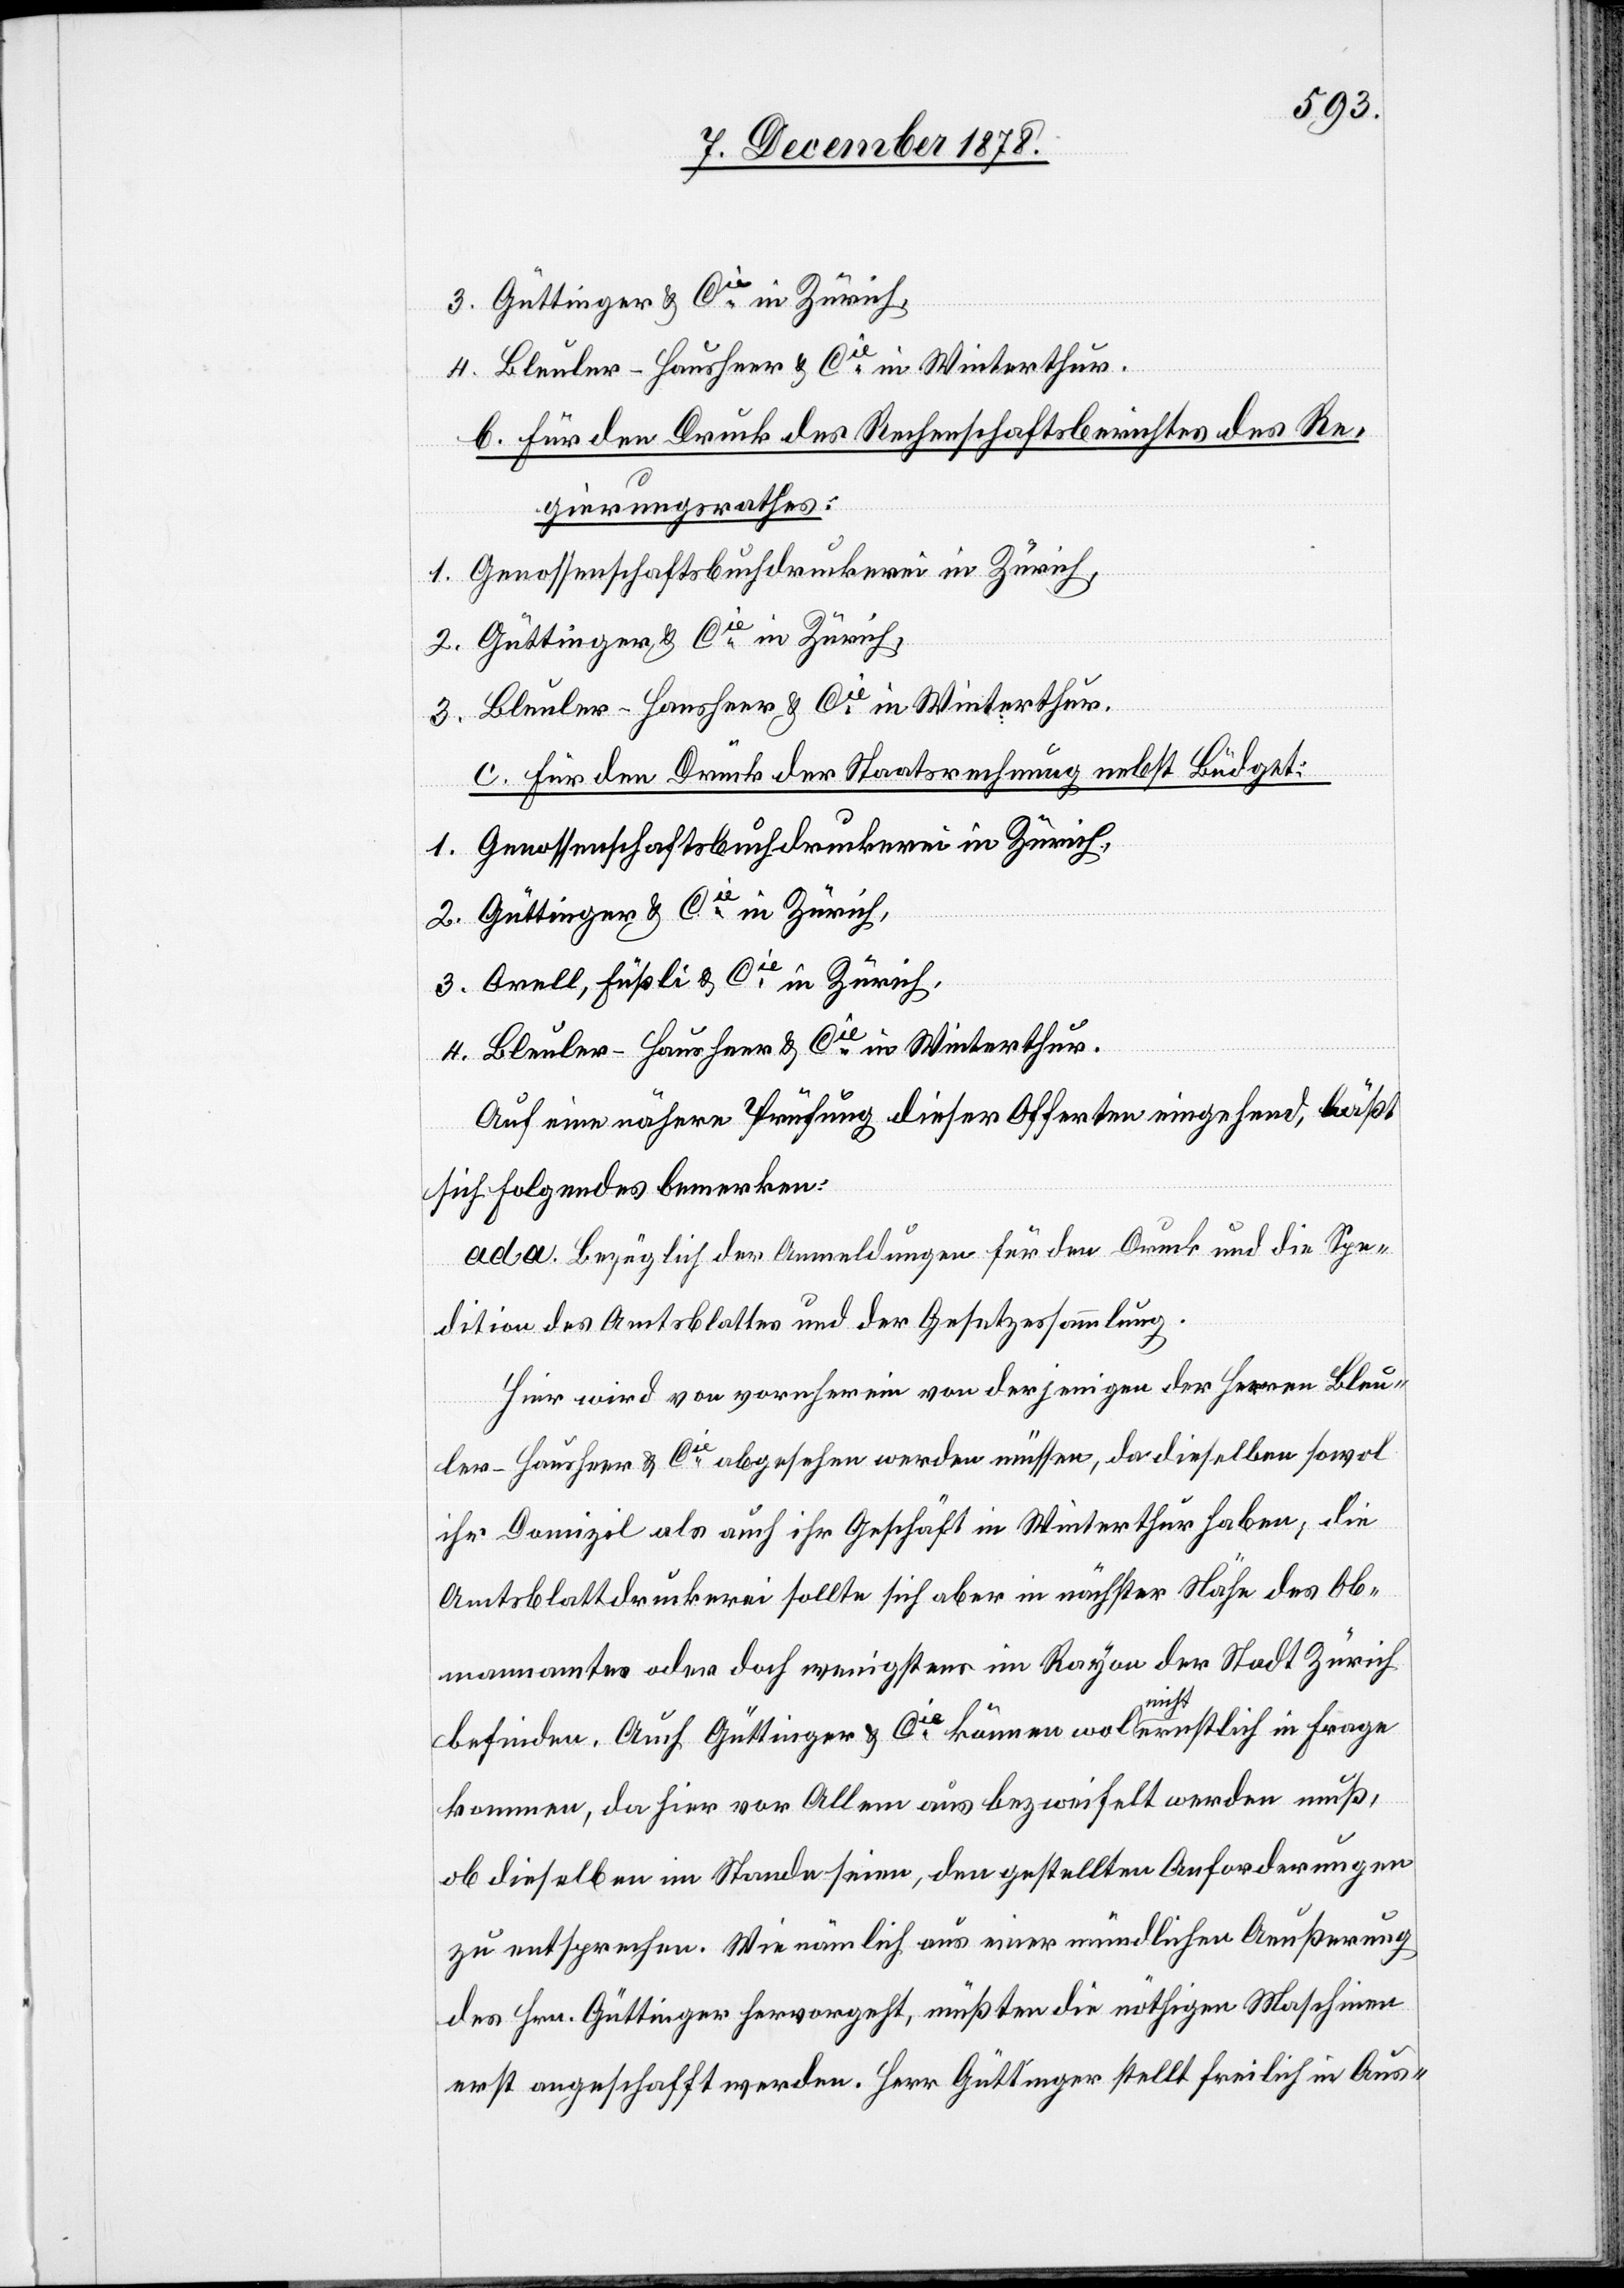
3. Güttinger & Cie in Zürich,
4. Bleuler-Hausheer & Cie in Winterthur.
b. Für den Druck des Rechenschaftsberichtes des Re¬
gierungsrathes:
1. Genossenschaftsbuchdruckerei in Zürich,
2. Güttinger & Cie in Zürich,
3. Bleuler-Hausheer & Cie in Winterthur.
c. Für den Druck der Staatsrechnung nebst Büdget:
1. Genossenschaftsbuchdruckerei in Zürich,
2. Güttinger & Cie in Zürich,
3. Orell, Füßli & Cie in Zürich,
Auf eine nähere Prüfung dieser Offerten eingehend, läßt
sich folgendes bemerken:
ad. a. Bezüglich der Anmeldungen für den Druck und die Spe¬
dition des Amtsblattes und der Gesetzessammlung.
Hier wird von vornherein von derjenigen der Herren Bleu¬
ler-Hausheer & Cie abgesehen werden müssen, da dieselben sowol
ihr Domizil als auch ihr Geschäft in Winterthur haben, die
Amtsblattdruckerei sollte sich aber in nächster Nähe des Ob¬
mannamtes oder doch wenigstens im Rayon der Stadt Zürich
befinden. Auch Güttinger & Cie können wol nicht ernstlich in Frage
kommen, da hier vor Allem aus bezweifelt werden muß,
ob dieselben im Stande seien, den gestellten Anforderungen
zu entsprechen. Wie nämlich aus einer mündlichen Aeußerung
des Hrn. Güttinger hervorgeht, müßten die nöthigen Maschinen
erst angeschafft werden. Herr Güttinger stellt freilich in Aus-